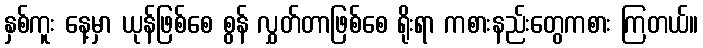
နှစ်ကူး နေ့မှာ ယုန်ဖြစ်စေ စွန် လွှတ်တာဖြစ်စေ ရိုးရာ ကစားနည်းတွေကစား ကြတယ်။